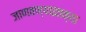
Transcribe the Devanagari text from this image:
जाणवण्याइतक्या